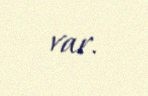
var.